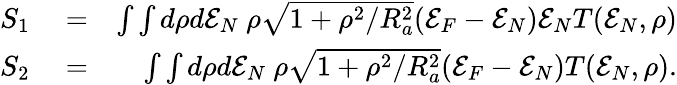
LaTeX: \begin{array}{rlr}{S_{1}}&{{}=}&{\int\int d\rho d{\cal E}_{N}~\rho\sqrt{1+\rho^{2}/R_{a}^{2}}({\cal E}_{F}-{\cal E}_{N}){\cal E}_{N}T({\cal E}_{N},\rho)}\\ {S_{2}}&{{}=}&{\int\int d\rho d{\cal E}_{N}~\rho\sqrt{1+\rho^{2}/R_{a}^{2}}({\cal E}_{F}-{\cal E}_{N})T({\cal E}_{N},\rho).}\end{array}